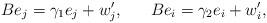
LaTeX: \begin{align*}B e_j = \gamma_1 e_j + w'_j, \ \ \ \ \ B e_i = \gamma_2 e_i + w'_i, \ \ \ \end{align*}